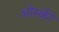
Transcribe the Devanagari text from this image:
ओस्की